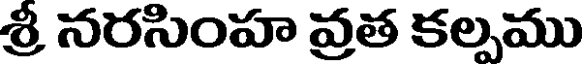
శ్రీ నరసింహ వ్రత కల్పము